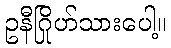
ဥနီဂြိုဟ်သားပေါ့။